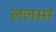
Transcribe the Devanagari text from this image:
ललसर